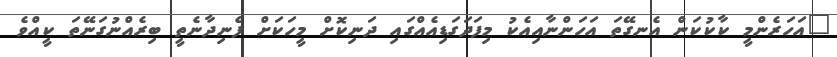
"އަހަރެންމީ ކާކުކަން އެނގޭތަ އަހަންނާއިއެކު މިފަދަގަޑިއެއްގައި ދަނިކޮށް މީހަކަށް ފެނިދާނެތީ ބިރެއްނުގަނޭތަ ކީއްވެ